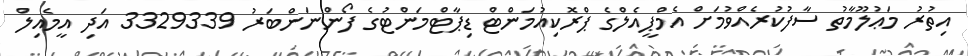
އިތުރު މަޢުލޫމާތު ސާފުކުރެއްވުމަށް އެމްޕީއެލްގެ ޕްރޮކިއުމަންޓް ޑިޕާޓްމަންޓުގެ ފޯންނަންބަރު 3329339 އަދި އީމެއިލް